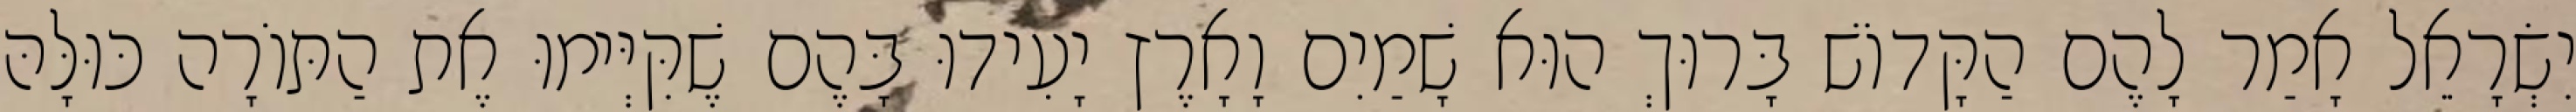
יִשְׂרָאֵל אָמַר לָהֶם הַקָּדוֹשׁ בָּרוּךְ הוּא שָׁמַיִם וָאָרֶץ יָעִידוּ בָּהֶם שֶׁקִּיְּימוּ אֶת הַתּוֹרָה כּוּלָּהּ